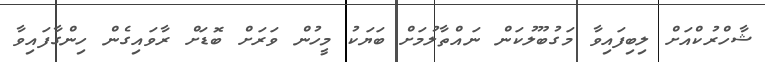
ޝާހްރުކްއަށް ލިބިފައިވާ މަގުބޫލުކަން ނައްތާލުމަށް ބަޔަކު މީހުން ވަރަށް ބޮޑަށް ރާވައިގެން ހިންގާފައިވާ